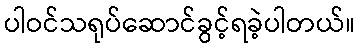
ပါဝင်သရုပ်ဆောင်ခွင့်ရခဲ့ပါတယ်။